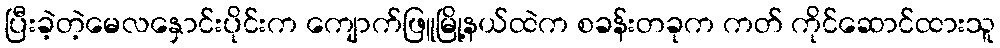
ပြီးခဲ့တဲ့မေလနှောင်းပိုင်းက ကျောက်ဖြူမြို့နယ်ထဲက စခန်းတခုက ကတ် ကိုင်ဆောင်ထားသူ